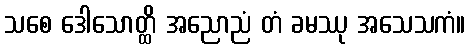
သစေ ဒေါသောတ္ထိ အညောညံ တံ ခမဿု အသေသကံ။